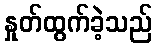
နှုတ်ထွက်ခဲ့သည်